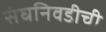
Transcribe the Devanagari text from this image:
संघनिवडीची